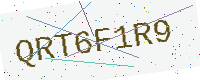
Text: QRT6F1R9